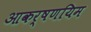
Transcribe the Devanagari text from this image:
आकर्षणयिम